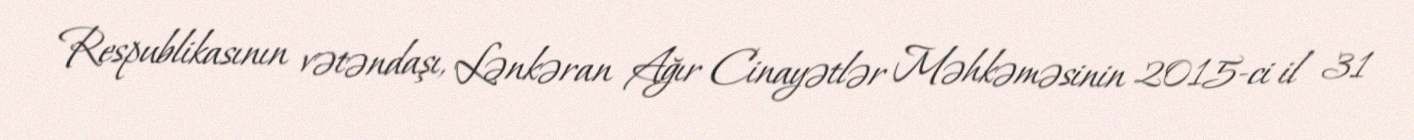
Respublikasının vətəndaşı, Lənkəran Ağır Cinayətlər Məhkəməsinin 2015-ci il 31